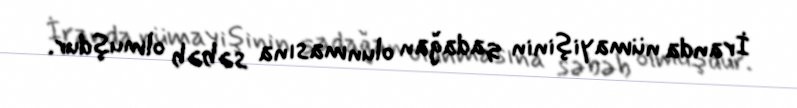
İranda nümayişinin qadağan olunmasına səbəb olmuşdur.